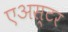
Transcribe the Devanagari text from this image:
एअस्टर